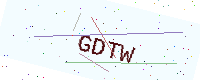
Text: GDTW